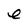
Character: e